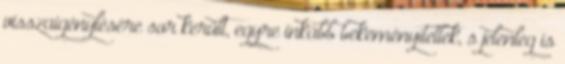
visszaigénylésére sor került, egyre inkább bekeményítettek, s jelenleg is